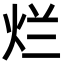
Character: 烂